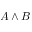
A \land B